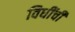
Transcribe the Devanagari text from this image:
विधींची